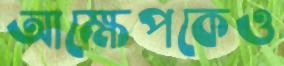
আক্ষেপকেও